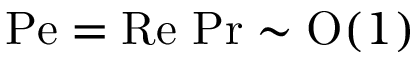
\mathrm { P e } = \mathrm { R e } \, \operatorname* { P r } \sim \mathrm { O } ( 1 )